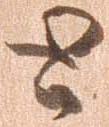
と